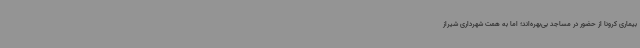
بیماری کرونا از حضور در مساجد بی‌بهره‌اند؛ اما به همت شهرداری شیراز